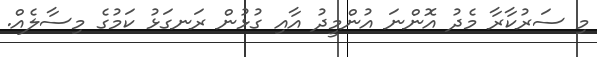
މި ސަރުކާރާ މެދު އޮންނަ އުންމީދު އާއި ގުޅުން ރަނގަޅު ކަމުގެ މިސާލެއް.